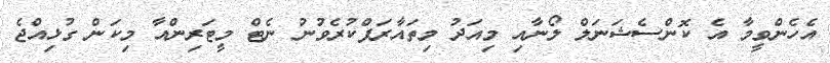
އެހެންވީމާ އެ ކޮންސެޝަނަލް ލޯނާއި މިއަދު މިތައާރަފްކުރެވުނު ނެޓް މީޓަރިންއާ މިކަން ގުޅިއްޖެ